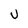
Character: U